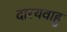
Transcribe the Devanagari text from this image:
दारयवाहु